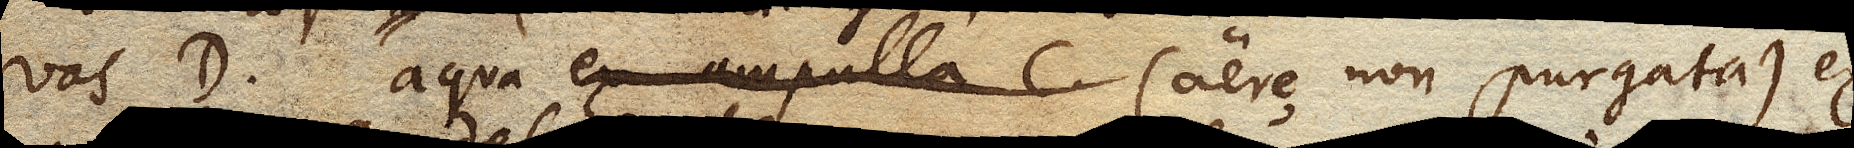
vas D. aqua (aere non purgata) ex